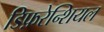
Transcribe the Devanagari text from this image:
डिफ़रेन्शियल